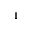
^ 1